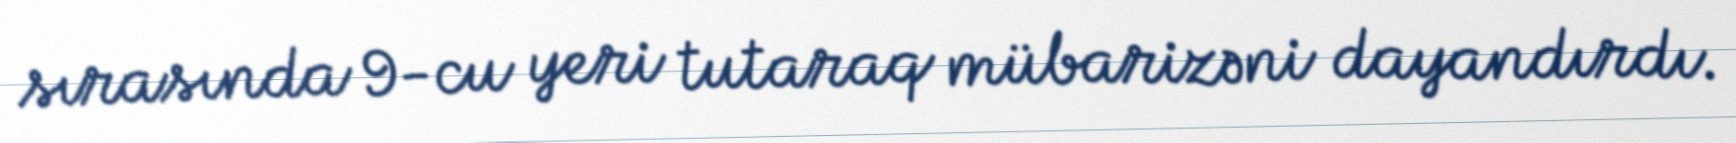
sırasında 9-cu yeri tutaraq mübarizəni dayandırdı.